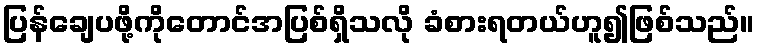
ပြန်ချေပဖို့ကိုတောင်အပြစ်ရှိသလို ခံစားရတယ်ဟူ၍ဖြစ်သည်။